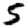
Digit: 5